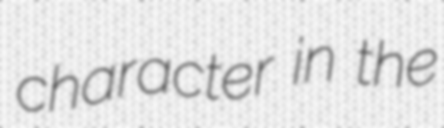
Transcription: character in the